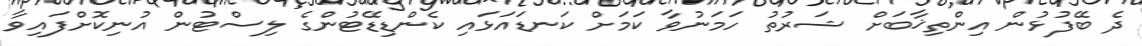
ދެ ބޭފުޅުން އިންތިޚާބަށް ޝަރުތު ހަމަނުވާ ކަމަށް ކަނޑައަޅައި ކެންޑިޑޭޓުންގެ ލިސްޓުން އުނިކޮށްފައިވާ